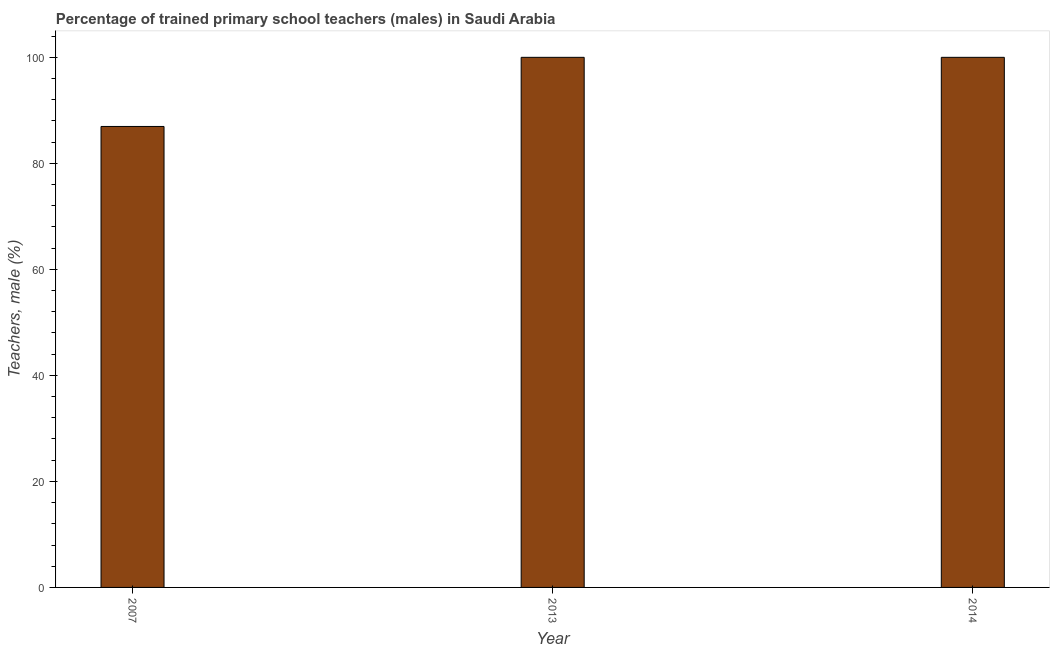
| Year | Trained teachers male |
 | --- | --- |
 | 2007 | 87 |
 | 2013 | 100 |
 | 2014 | 100 |